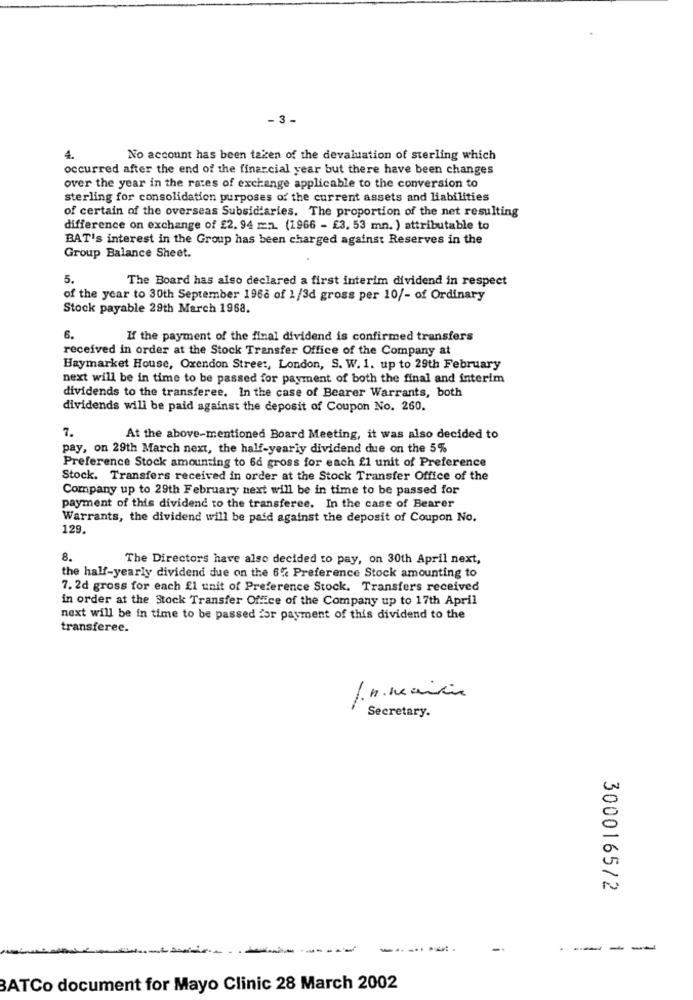
- 3 -
4.
No account has been taken of the devaluation of sterling which
occurred after the end of the financial year but there have been changes
over the year in the rates of exchange applicable to the conversion to
sterling for consolidation purposes of the current assets and liabilities
of certain of the overseas Subsidiaries. The proportion of the net resulting
difference on exchange of £2. 94 mn. (1966 - £3, 53 mn. ) attributable to
BAT's interest in the Group has been charged against Reserves in the
Group Balance Sheet.
5.
The Board has also declared a first interim dividend in respect
of the year to 30th September 1968 of 1/3d gross per 10/- of Ordinary
Stock payable 29th March 1968.
6.
If the payment of the final dividend is confirmed transfers
received in order at the Stock Transfer Office of the Company at
Haymarket House, Oxendon Street, London, S. W. 1. up to 29th February
next will be in time to be passed for payment of both the final and interim
dividends to the transferee. In the case of Bearer Warrants, both
dividends will be paid against the deposit of Coupon No. 260.
7.
At the above-mentioned Board Meeting, it was also decided to
pay, on 29th March next, the half-yearly dividend due on the 5%
Preference Stock amounting to 66 gross for each 21 unit of Preference
Stock. Transfers received in order at the Stock Transfer Office of the
Company up to 29th February next will be in time to be passed for
payment of this dividend to the transferee. In the case of Bearer
Warrants, the dividend will be paid against the deposit of Coupon No.
129.
8.
The Directors have also decided to pay, on 30th April next,
the half-yearly dividend due on the 6% Preference Stock amounting to
7. 2d gross for each El unit of Preference Stock. Transfers received
in order at the Stock Transfer Office of the Company up to 17th April
next will be in time to be passed for payment of this dividend to the
transferee.
/. n. maisin
Secretary.
3000165/2
---
-
BATCo document for Mayo Clinic 28 March 2002